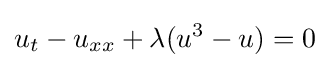
u_{t}-u_{xx}+\lambda (u^{3}-u)=0